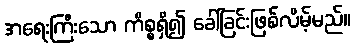
အရေးကြီးသော ကိစ္စရှိ၍ ခေါ်ခြင်းဖြစ်လိမ့်မည်။